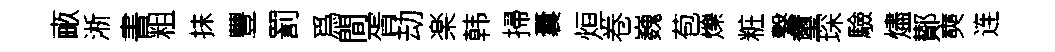
畞淅書粗抹豐罰爲間胥劫楽韩掃囊烜卷巍苞爍粧繋璽琛驗燼鄼奭连